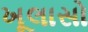
ખૂલાસો